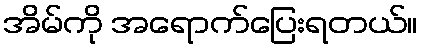
အိမ်ကို အရောက်ပြေးရတယ်။